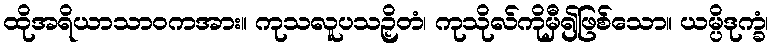
ထိုအရိယာသာဝကအား။ ကုသလူပသဉှိတံ၊ ကုသိုလ်ကိုမှီ၍ဖြစ်သော။ ယမ္ပိဒုက္ခံ၊